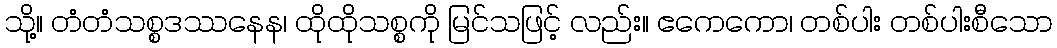
သို့။ တံတံသစ္စဒဿနေန၊ ထိုထိုသစ္စကို မြင်သဖြင့် လည်း။ ဧကေကော၊ တစ်ပါး တစ်ပါးစီသော